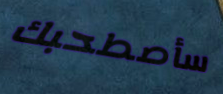
سأصطحبك